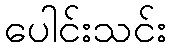
ပေါင်းသင်း